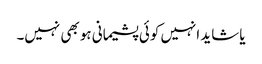
یا شاید انہیں کوئی پشیمانی ہو بھی نہیں۔